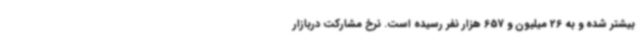
بیشتر شده و به 26 میلیون و 657 هزار نفر رسیده است. نرخ مشارکت دربازار